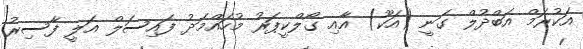
އަކުރަމް އަބްދުލް ގަނީ (އަކޫ) އާއި ގޯލްކީޕަރު މުހައްމަދު ފައިސަލް އަލީ ފާސިރު